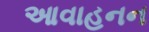
આવાહનન